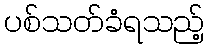
ပစ်သတ်ခံရသည့်